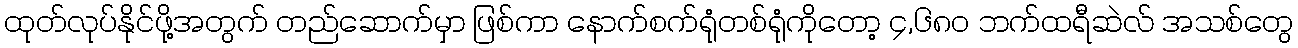
ထုတ်လုပ်နိုင်ဖို့အတွက် တည်ဆောက်မှာ ဖြစ်ကာ နောက်စက်ရုံတစ်ရုံကိုတော့ ၄,၆၈၀ ဘက်ထရီဆဲလ် အသစ်တွေ